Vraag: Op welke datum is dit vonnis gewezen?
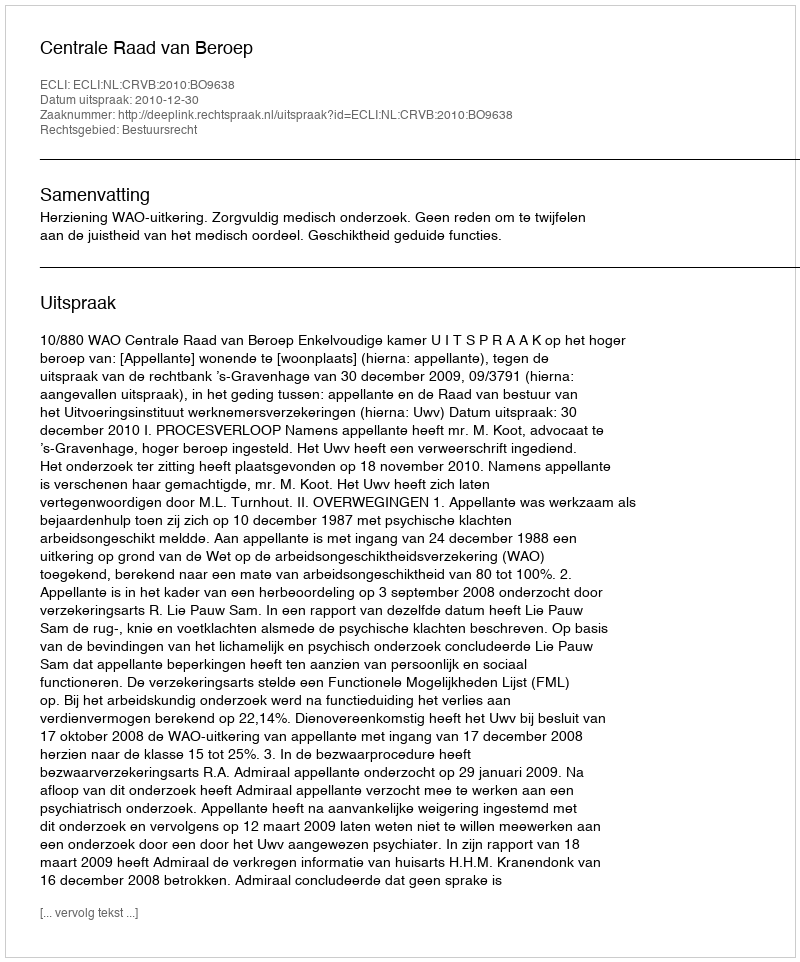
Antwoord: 2010-12-30